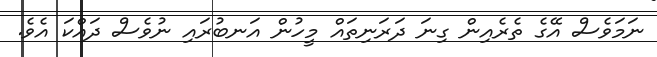
ނަމަވެސް އޭގެ ތެރެއިން ގިނަ ދަރަނިތައް މީހުން އަނބުރައި ނުވެސް ދައްކަ އެވެ.